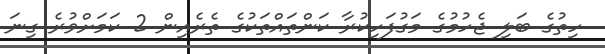
ހިތުގެ ބަލި ޖެހުމުގެ މަގުފަހިކުރާ ކަންތައްތަކުގެ ތެރެއިން 2 ކަމަށްވުރެ ގިނަ